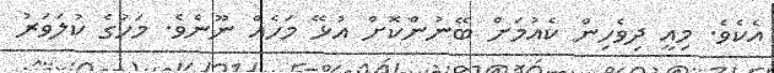
އެކެވެ. މިއީ ދިވެހިން ކެއުމަށް ބޭނުންކޮށް އުޅޭ މަހެއް ނޫނެވެ. މަހުގެ ކުލަވަރު